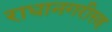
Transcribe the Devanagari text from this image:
राधानगरीसह